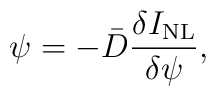
\psi=-\bar{D}\frac{\delta I_{\mathrm{NL}}}{\delta \psi},